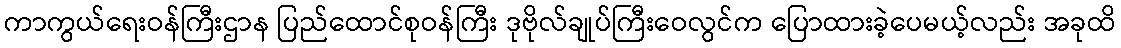
ကာကွယ်ရေးဝန်ကြီးဌာန ပြည်ထောင်စုဝန်ကြီး ဒုဗိုလ်ချုပ်ကြီးဝေလွင်က ပြောထားခဲ့ပေမယ့်လည်း အခုထိ